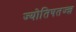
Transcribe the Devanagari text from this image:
ज्योतिषतज्ज्ञ